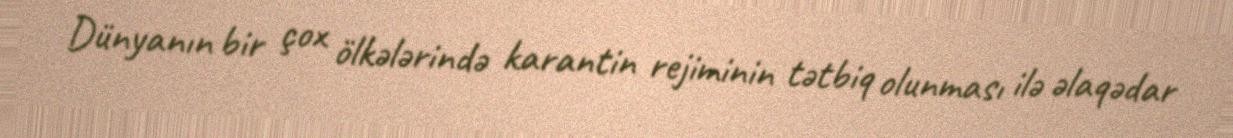
Dünyanın bir çox ölkələrində karantin rejiminin tətbiq olunması ilə əlaqədar